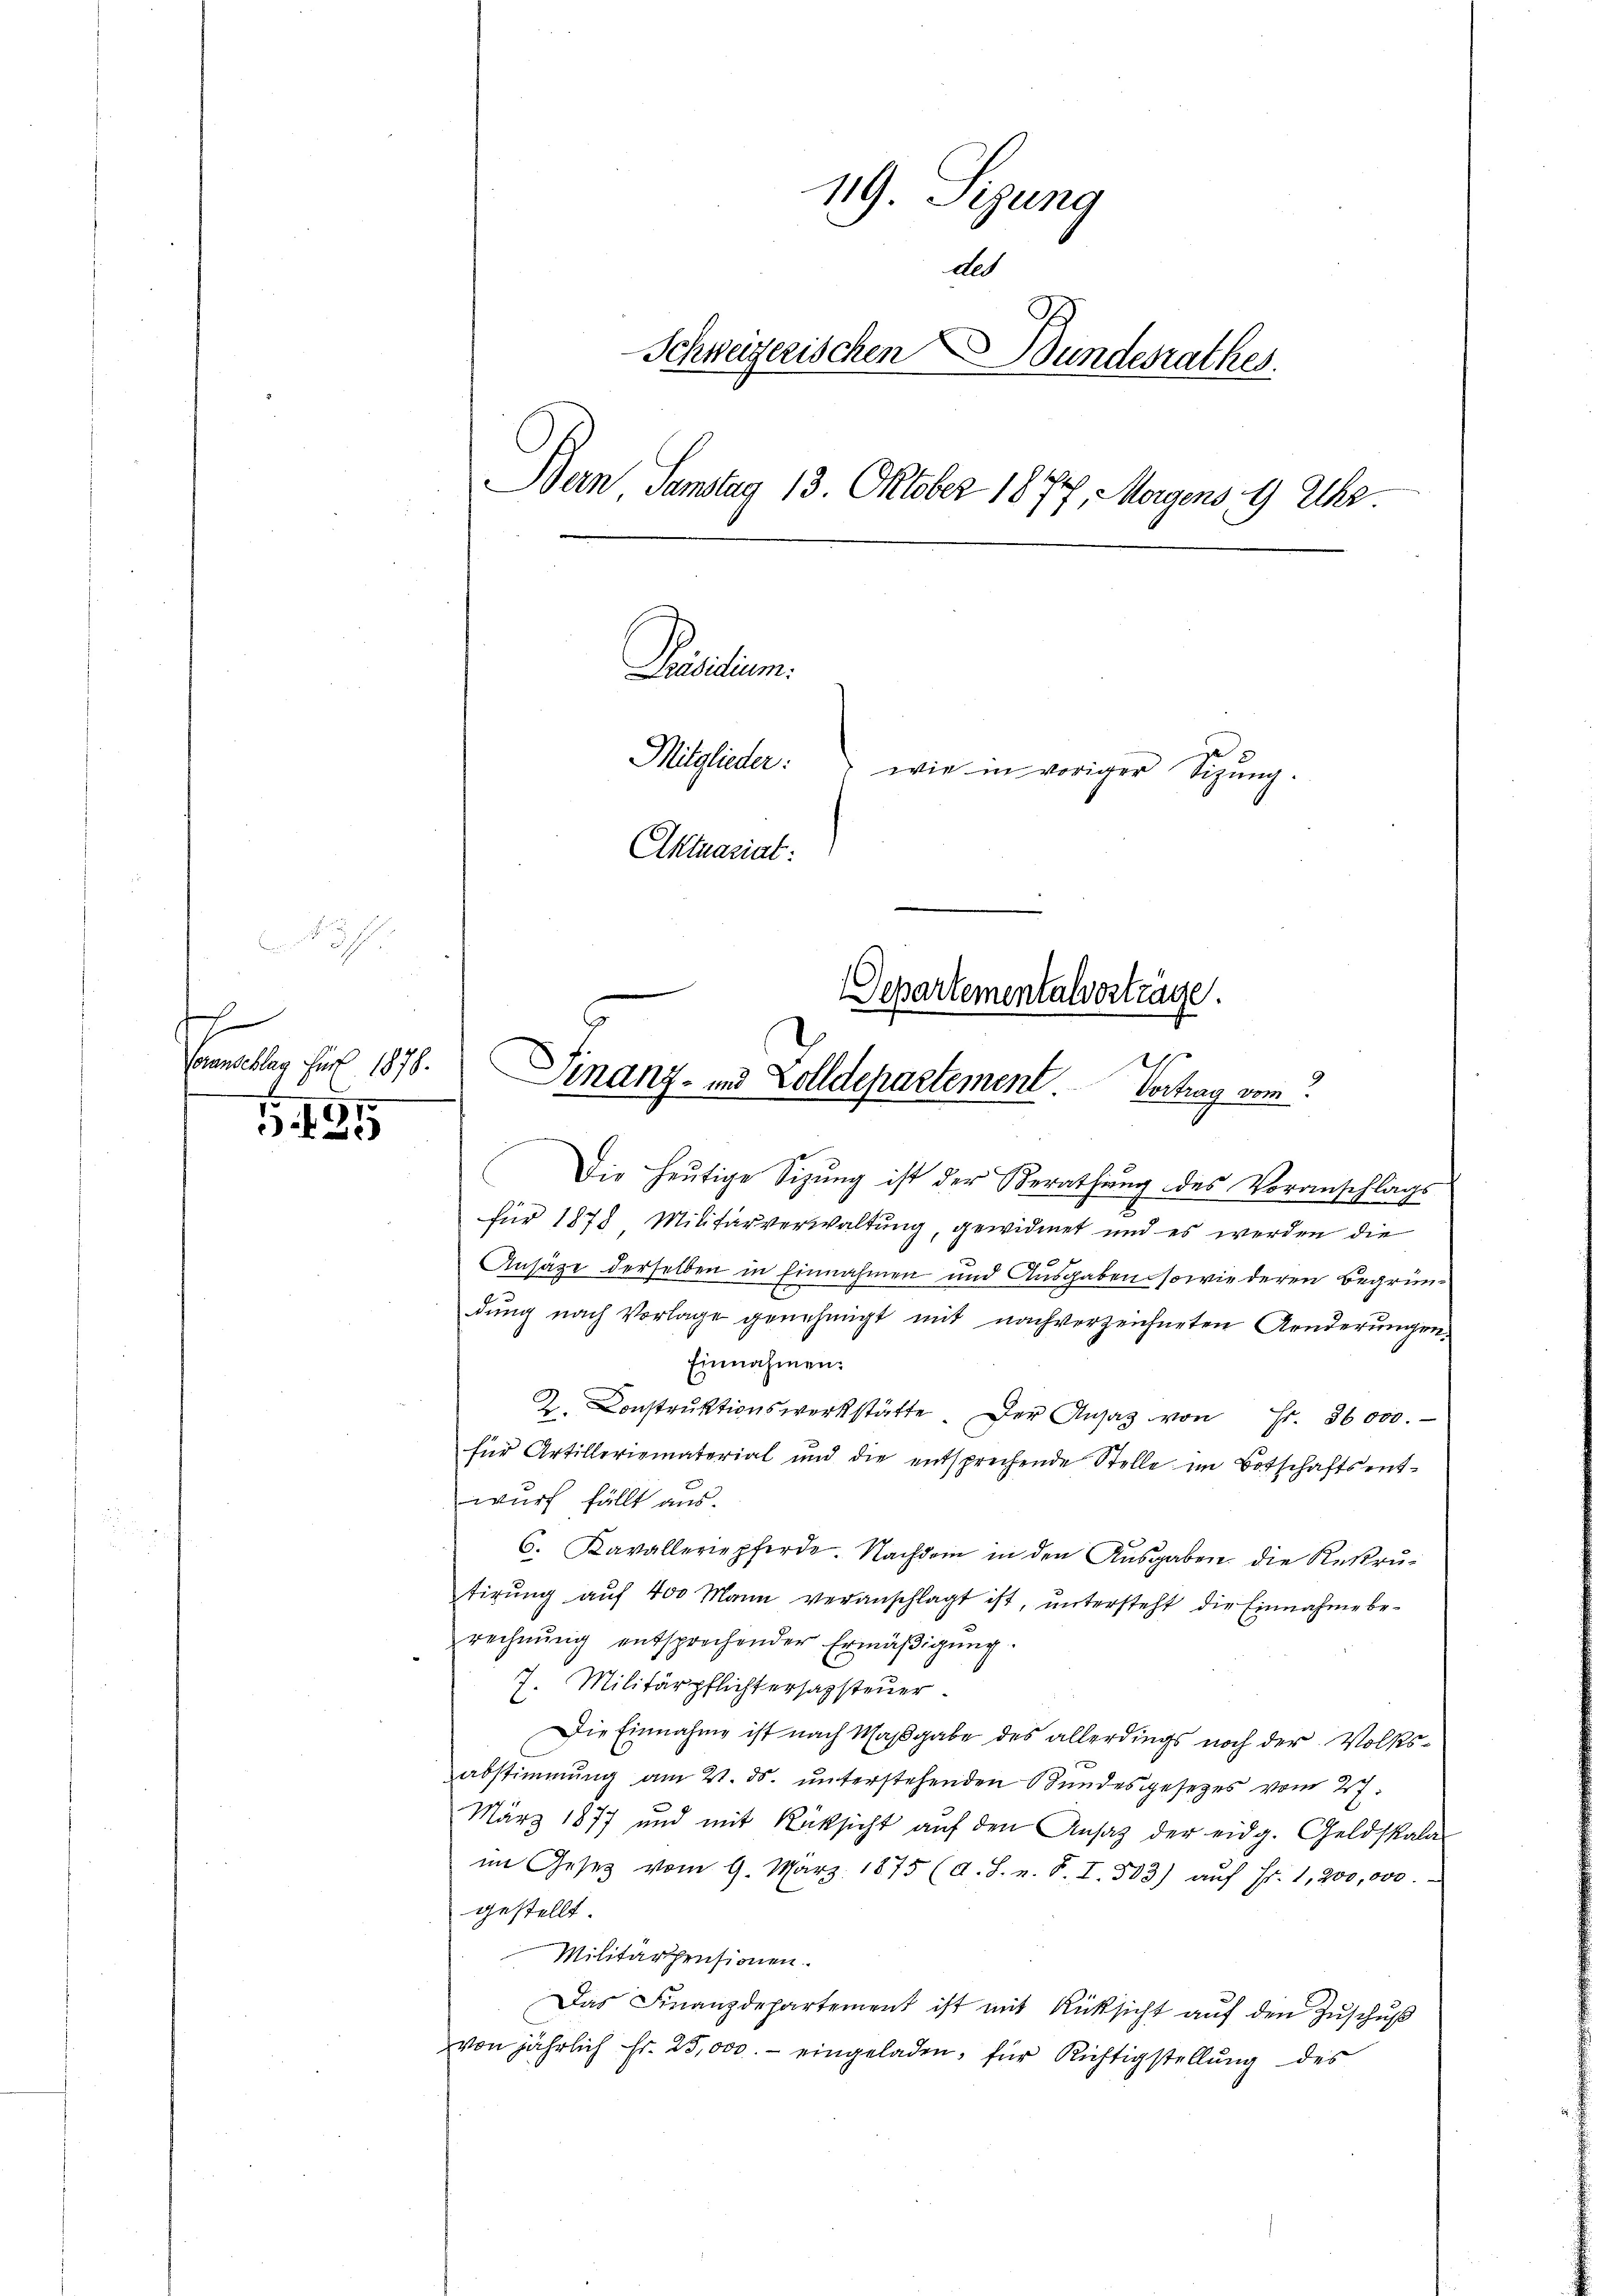
be
1
Veranschlag für 1878.
d

35

119. Sizung
Als
Schweizerischen
undesrathes
Dan Samstag 13. Oktober 1877, Morgens 9 Uhr
Präsidium.
Mitglieder: wie in voriger Sigŭng.
Aktuariat:
Separtementalverträge.

Die heutige Sizung ist der Berathung des Voranschlags
für 1878 Militärverwaltung, gewidmet und es werden die
Ansätze derselben in Einnahmen und Ausgaben sowie deren Begründung nach Vorlage genehmigt mit nachverzeichneten Aenderungen,
Einnahmen:
Z. Construktionswerkstätte. Der Ansaz von Fr. 36000.
für Artilleriomaterial und die entsprechende Stelle im Botschaftsent-
wurf fällt aus.
6. Kavalleriepferde. Nachdem in den Ausgaben die Rekrutirŭng aŭf 400 Mann veranschlagt ist, ŭntersteht die Einnahme be-
rechnŭng entsprechender Ermäβigŭng.
7. Militärpflichtersazsteuer
Die Einnahme ist nach Maßgabe des allerdings noch der Volksabstimmung am 21. ds. ŭnterstehenden Bŭndesgesetzes vom 27.
März 1877 und mit Rüksicht aŭf den Ansatz der eidg. Geldskala
im Gesetz vom 9. März 1875 (d. S. n. F. I. 503) aŭf Fr. 1,200,000.
gestellt
Militärpensionen.
Das Finanzdepartement ist mit Rücksicht aŭf den Zŭschŭβ
von jährlich Fr. 25,000.- eingeladen, für Richtigstellung des

Finanz- und Zolldepartement. Vortrag vom